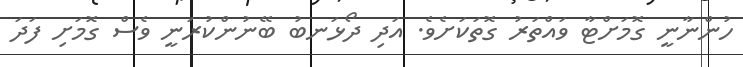
ހުންނާނީ ގޮމަށްޓާ ވައްތަރު ގޮތަކަށެވެ. އަދި ދޯޅަނބު ބޭނުންކުރަނީ ވެސް ގޮމަށި ފަދަ